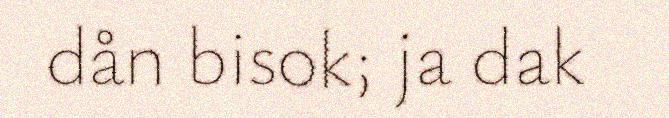
dån bisok; ja dak